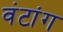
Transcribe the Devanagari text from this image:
वंटांग